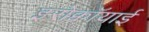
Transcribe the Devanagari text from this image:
इरोक्वॉयाई